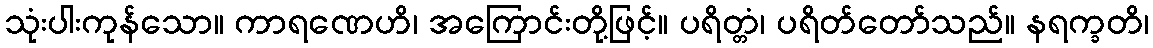
သုံးပါးကုန်သော။ ကာရဏေဟိ၊ အကြောင်းတို့ဖြင့်။ ပရိတ္တံ၊ ပရိတ်တော်သည်။ နရက္ခတိ၊